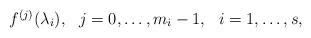
LaTeX: \begin{align*}\begin{array}{c c c}f^{(j)}(\lambda_i), & j=0,\dots,m_i-1, & i=1,\dots,s,\end{array}\end{align*}